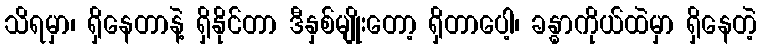
သိရမှာ၊ ရှိနေတာနဲ့ ရှိနိုင်တာ ဒီနှစ်မျိုးတော့ ရှိတာပေါ့၊ ခန္ဓာကိုယ်ထဲမှာ ရှိနေတဲ့